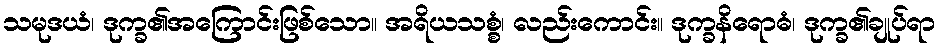
သမုဒယံ၊ ဒုက္ခ၏အကြောင်းဖြစ်သော။ အရိယသစ္စံ၊ လည်းကောင်း။ ဒုက္ခနိရောဓံ၊ ဒုက္ခ၏ချုပ်ရာ